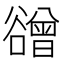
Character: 𧯒